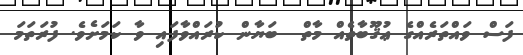
ފަސް ވައްތަރެއްގެ ޢުޤޫބާތެއް މާތް  ބަޔާން ކުރައްވާފައި ވާ ކަމަށެވެ. ފުރަތަމަ